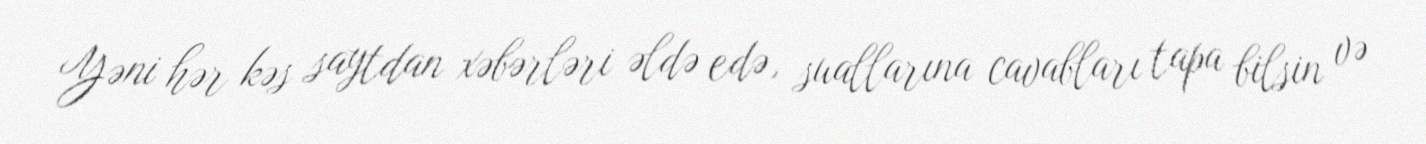
Yəni hər kəs saytdan xəbərləri əldə edə, suallarına cavabları tapa bilsin və